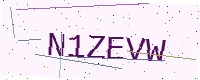
Text: N1ZEVW